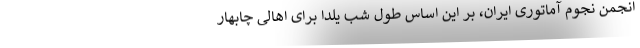
انجمن نجوم آماتوری ایران، بر این اساس طول شب یلدا برای اهالی چابهار